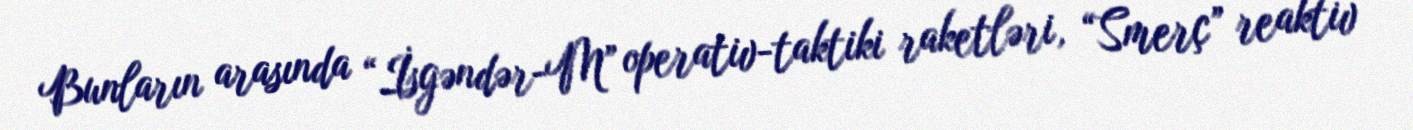
Bunların arasında “İsgəndər-M” operativ-taktiki raketləri, “Smerç” reaktiv